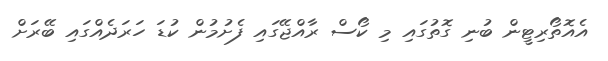
އެއޮތޯރިޓީން ބުނި ގޮތުގައި މި ކޯސް ރާއްޖޭގައި ފެށުމުން ކުޑަ ހަރަދެއްގައި ބޭރަށް